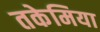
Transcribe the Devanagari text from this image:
तकेमिया